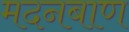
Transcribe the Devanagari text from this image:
मदनबाण